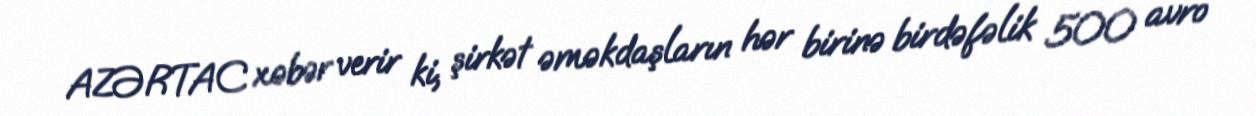
AZƏRTAC xəbər verir ki, şirkət əməkdaşların hər birinə birdəfəlik 500 avro